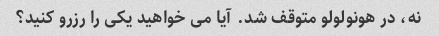
نه، در هونولولو متوقف شد. آیا می خواهید یکی را رزرو کنید؟